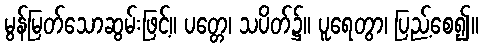
မွန်မြတ်သောဆွမ်းဖြင့်။ ပတ္တေ၊ သပိတ်၌။ ပူရေတွာ၊ ပြည့်စေ၍။